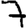
Digit: 7